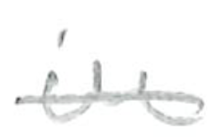
Text: in
Cross-out: mix
Writing tool: pencil